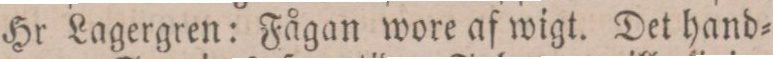
Hr Lagergren: Fågan wore af wigt. Det hand=